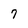
Character: 7